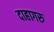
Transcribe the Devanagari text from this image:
दाहागरु